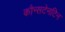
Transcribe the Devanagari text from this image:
कौन्सटेनटिन